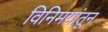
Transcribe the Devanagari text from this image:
विनिमयांतून